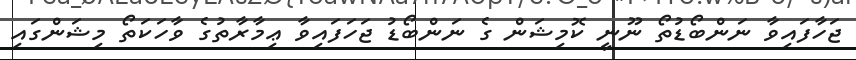
ޖަހާފައިވާ ނަންބޯޑުތޯ ނޫނީ ކޮމިޝަން ގެ ނަންބޯޑު ޖަހަފައިވާ ޢިމާރާތުގެ ވާހަކަތޯ މިޝަންގައި